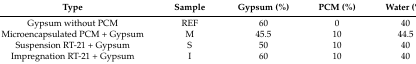
| Type | Sample | Gypsum (%) | PCM (%) | Water (%) |
 | --- | --- | --- | --- | --- |
 | Gypsum without PCM | REF | 60 | 0 | 40 |
 | Microencapsulated PCM + Gypsum | M | 45.5 | 10 | 44.5 |
 | Suspension RT-21 + Gypsum | S | 50 | 10 | 40 |
 | Impregnation RT-21 + Gypsum | I | 60 | 10 | 40 |